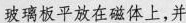
玻璃板平放在磁体上，并